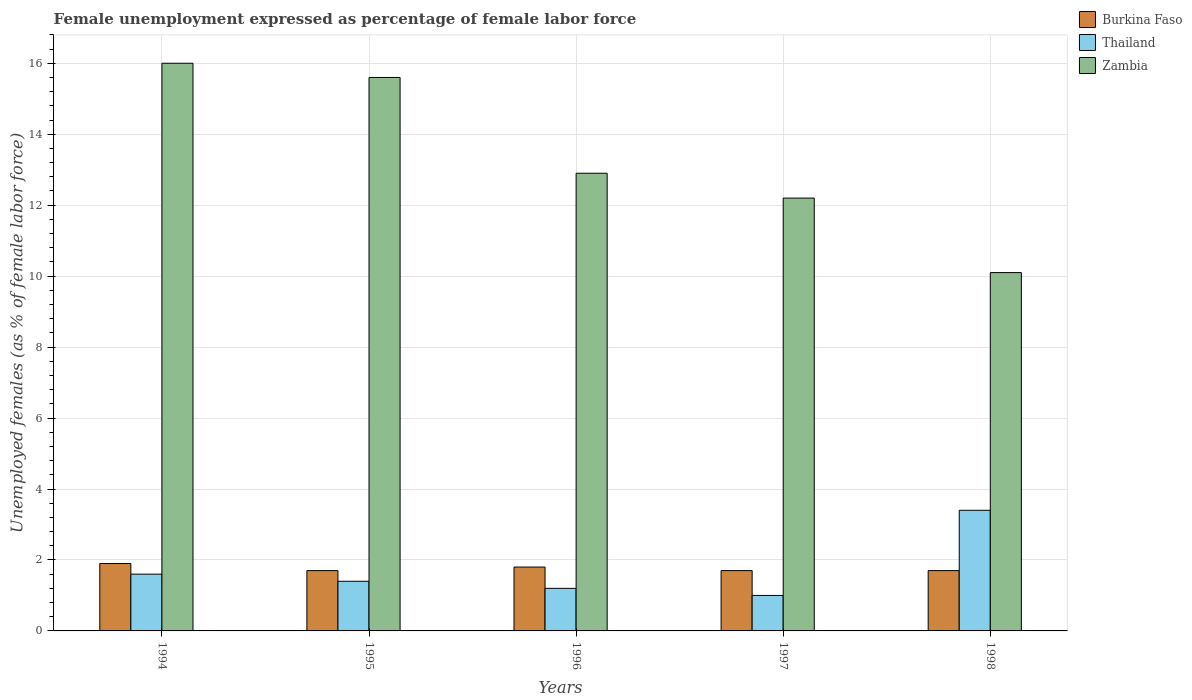
| Years | Burkina Faso | Thailand | Zambia |
 | --- | --- | --- | --- |
 | 1994 | 1.9 | 1.6 | 16 |
 | 1995 | 1.7 | 1.4 | 15.6 |
 | 1996 | 1.8 | 1.2 | 12.9 |
 | 1997 | 1.7 | 1 | 12.2 |
 | 1998 | 1.7 | 3.4 | 10.1 |